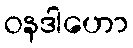
ဝနဒါဟော